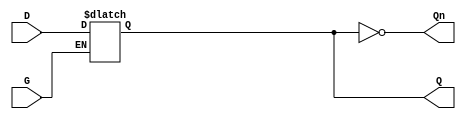
module gated_latch (
    input wire D,      // Data Input
    input wire G,      // Gate / Enable Signal
    output reg Q,      // Output
    output wire Qn     // Complement of Output
);

// Complement of Output
assign Qn = ~Q;

// Always block to implement the gated latch behavior
always @(*) begin
    if (G) begin
        Q = D;  // When G is high, Q follows D
    end
    // When G is low, Q retains its previous value (hold state)
end

endmodule